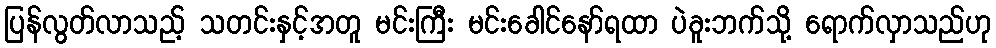
ပြန်လွတ်လာသည့် သတင်းနှင့်အတူ မင်းကြီး မင်းခေါင်နော်ရထာ ပဲခူးဘက်သို့ ရောက်လှာသည်ဟု